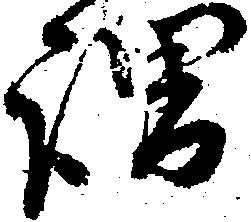
謂